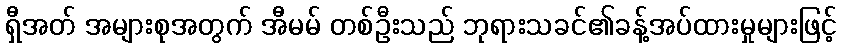
ရှီအတ် အများစုအတွက် အီမမ် တစ်ဦးသည် ဘုရားသခင်၏ခန့်အပ်ထားမှုများဖြင့်